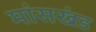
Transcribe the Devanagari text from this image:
मांसखंड